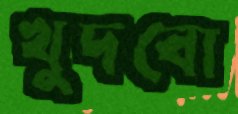
খুদবো